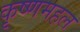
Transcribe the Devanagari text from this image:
कृष्णमहल